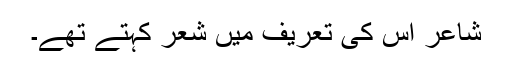
شاعر اس کی تعریف میں شعر کہتے تھے۔